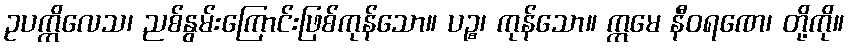
ဥပက္ကိလေသ၊ ညစ်နွမ်းကြောင်းဖြစ်ကုန်သော။ ပဉ္စ၊ ကုန်သော။ ဣမေ နီဝရဏေ၊ တို့ကို။